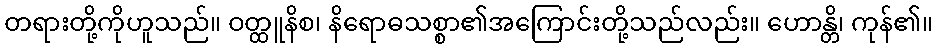
တရားတို့ကိုဟူသည်။ ဝတ္ထူနိစ၊ နိရောဓသစ္စာ၏အကြောင်းတို့သည်လည်း။ ဟောန္တိ၊ ကုန်၏။